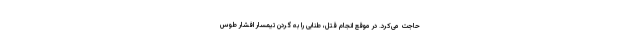
حاجت می‌کرد. در موقع انجام قتل، طنابی را به گردن تیمسار افشار طوس